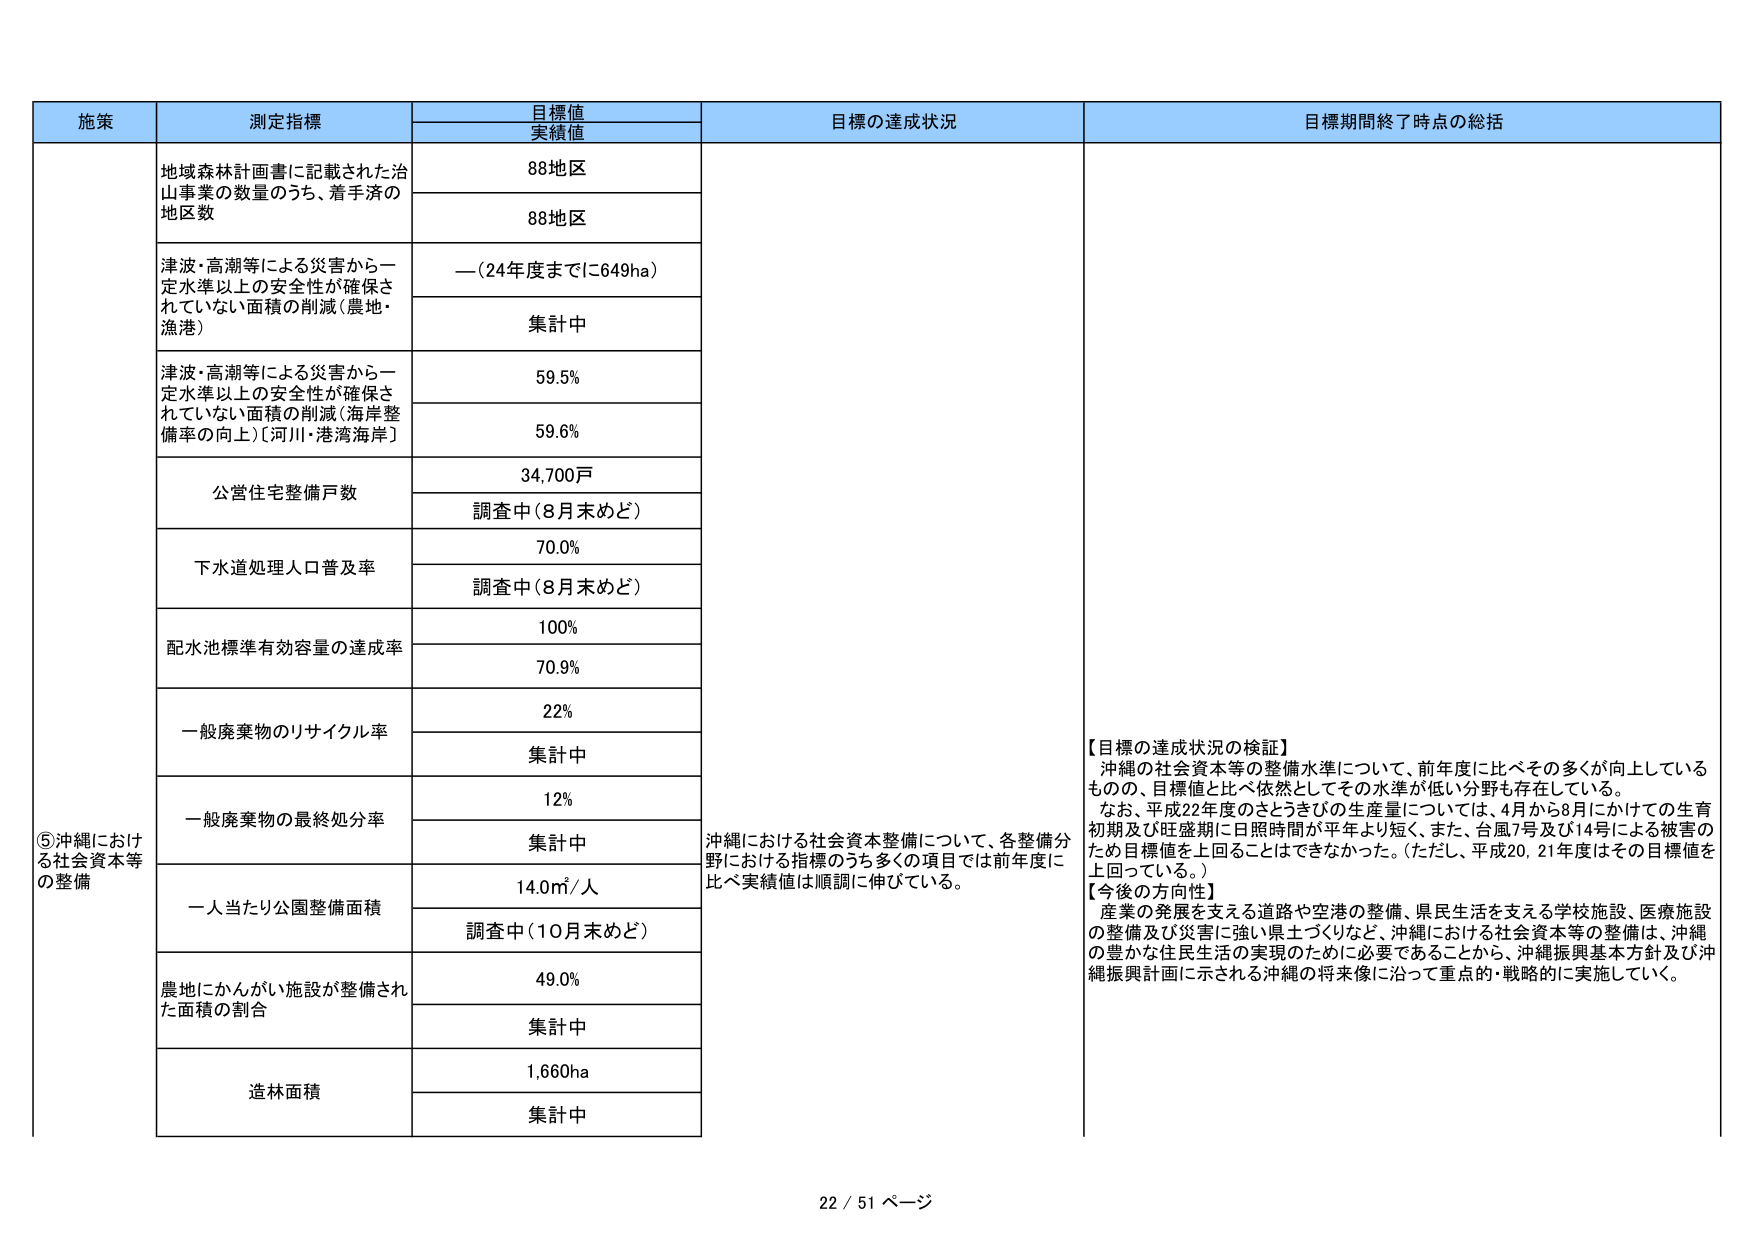
施策
測定指標
目標値
実績値
目標の達成状況
目標期間終了時点の総括
⑤沖縄における社会資本等の整備
地域森林計画書に記載された治山事業の数量のうち、着手済の地区数
88地区
88地区
津波・高潮等による災害から一定水準以上の安全性が確保されていない面積の削減（農地・漁港）
—（24年度までに649ha）
集計中
津波・高潮等による災害から一定水準以上の安全性が確保されていない面積の削減（海岸整備率の向上）［河川・港湾海岸］
59.5%
59.6%
公営住宅整備戸数
34,700戸
調査中（8月末めど）
下水道処理人口普及率
70.0%
調査中（8月末めど）
配水池標準有効容量の達成率
100%
70.9%
一般廃棄物のリサイクル率
22%
集計中
一般廃棄物の最終処分率
12%
集計中
一人当たり公園整備面積
14.0㎡/人
調査中（10月末めど）
農地にかんがい施設が整備された面積の割合
49.0%
集計中
造林面積
1,660ha
集計中
沖縄における社会資本整備について、各整備分野における指標のうち多くの項目では前年度に比べ実績値は順調に伸びている。
【目標の達成状況の検証】
沖縄の社会資本等の整備水準について、前年度に比べその多くが向上しているものの、目標値と比べ依然としてその水準が低い分野も存在している。
なお、平成22年度のさとうきびの生産量については、4月から8月にかけての生育初期及び旺盛期に日照時間が平年より短く、また、台風7号及び14号による被害のため目標値を上回ることはできなかった。（ただし、平成20、21年度はその目標値を上回っている。）
【今後の方向性】
産業の発展を支える道路や空港の整備、県民生活を支える学校施設、医療施設の整備及び災害に強い県土づくりなど、沖縄における社会資本等の整備は、沖縄の豊かな住民生活の実現のために必要であることから、沖縄振興基本方針及び沖縄振興計画に示される沖縄の将来像に沿って重点的・戦略的に実施していく。
22 / 51 ページ